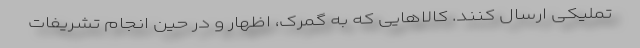
تملیکی ارسال کنند. کالاهایی که به گمرک، اظهار و در حین انجام تشریفات